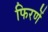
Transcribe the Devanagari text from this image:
फिरणें